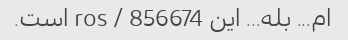
ام... بله... این 856674 / ros است.